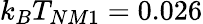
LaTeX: k_{B}T_{NM1}=0.026